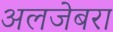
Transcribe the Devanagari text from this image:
अलजेबरा